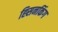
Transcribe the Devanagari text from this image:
ह्सिनकिंग